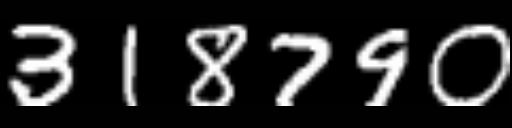
Text: 318790